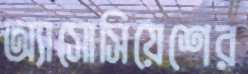
অ্যাসোসিয়েশের